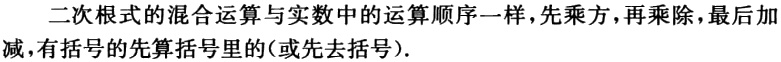
二次根式的混合运算与实数中的运算顺序一样，先乘方，再乘除，最后加减，有括号的先算括号里的（或先去括号）.